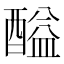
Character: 𨢘